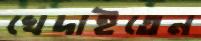
খেদাইতেন